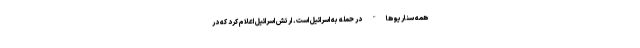
همه سناریو ها" در حمله به اسرائیل است. ارتش اسرائیل اعلام کرد که در